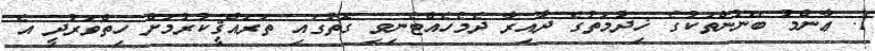
1. ޢާންމު ބޭނުންތަކުގެ ޚިދުމަތުގެ ދާއިރާ ދެމެހެއްޓެނިވި ގޮތުގައި ތަރައްޤީކުރުމަށް ހިތްވަރުދީ އެ